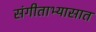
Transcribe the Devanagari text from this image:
संगीताभ्यासात